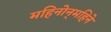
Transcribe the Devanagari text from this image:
महिनोन्‌महिने